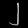
Digit: ၂